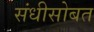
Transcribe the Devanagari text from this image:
संधीसोबत